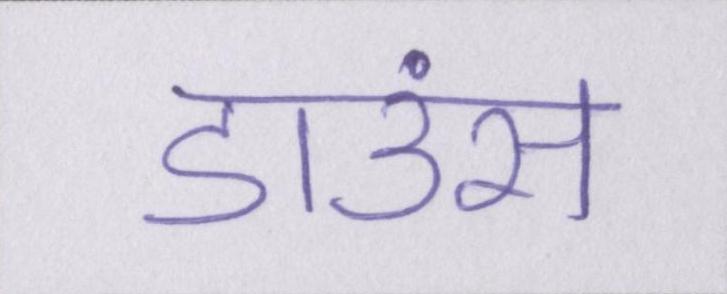
डाउंस